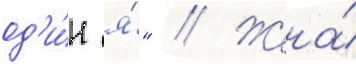
од'и́н я́" // Жена́